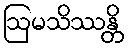
ဩမသိဿန္တိ